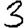
Digit: 3